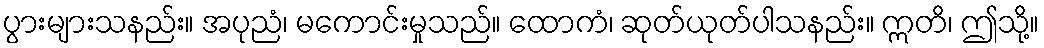
ပွားများသနည်း။ အပုညံ၊ မကောင်းမှုသည်။ ထောကံ၊ ဆုတ်ယုတ်ပါသနည်း။ ဣတိ၊ ဤသို့။